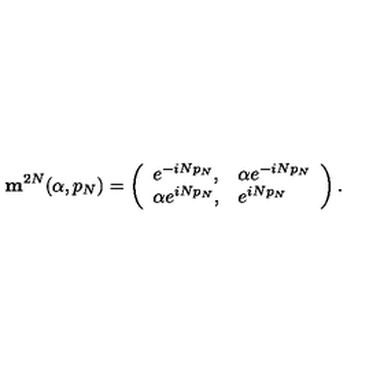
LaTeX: { \mathbf m } ^ { 2 N } ( \alpha , p _ { N } ) = \left( \begin{array} { l l } { e ^ { - i N p _ { N } } , } & { \alpha e ^ { - i N p _ { N } } } \\ { \alpha e ^ { i N p _ { N } } , } & { e ^ { i N p _ { N } } } \\ \end{array} \right) .